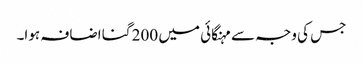
جس کی وجہ سے مہنگائی میں 200 گنا اضافہ ہوا۔